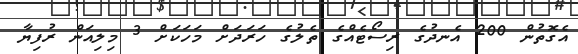
އެގޮތުން 200 އެނދުގެ ރިސޯޓެއްގެ ތެލުގެ ހަރަދަށް މަހަކަށް 3 މިލިއަން ރުފިޔާ